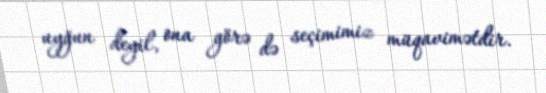
uyğun deyil, ona görə də seçimimiz müqavimətdir.